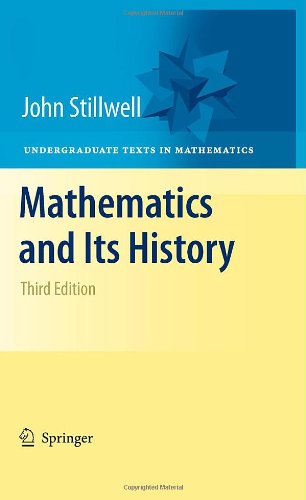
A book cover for Mathematics and Its History (Undergraduate Texts in Mathematics); John Stillwell; Science & Math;